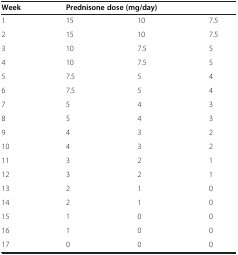
<table><thead><tr><td><b>Week</b></td><td colspan="3"><b>Prednisone dose (mg/day)</b></td></tr></thead><tbody><tr><td>1</td><td>15</td><td>10</td><td>7.5</td></tr><tr><td>2</td><td>15</td><td>10</td><td>7.5</td></tr><tr><td>3</td><td>10</td><td>7.5</td><td>5</td></tr><tr><td>4</td><td>10</td><td>7.5</td><td>5</td></tr><tr><td>5</td><td>7.5</td><td>5</td><td>4</td></tr><tr><td>6</td><td>7.5</td><td>5</td><td>4</td></tr><tr><td>7</td><td>5</td><td>4</td><td>3</td></tr><tr><td>8</td><td>5</td><td>4</td><td>3</td></tr><tr><td>9</td><td>4</td><td>3</td><td>2</td></tr><tr><td>10</td><td>4</td><td>3</td><td>2</td></tr><tr><td>11</td><td>3</td><td>2</td><td>1</td></tr><tr><td>12</td><td>3</td><td>2</td><td>1</td></tr><tr><td>13</td><td>2</td><td>1</td><td>0</td></tr><tr><td>14</td><td>2</td><td>1</td><td>0</td></tr><tr><td>15</td><td>1</td><td>0</td><td>0</td></tr><tr><td>16</td><td>1</td><td>0</td><td>0</td></tr><tr><td>17</td><td>0</td><td>0</td><td>0</td></tr></tbody></table>